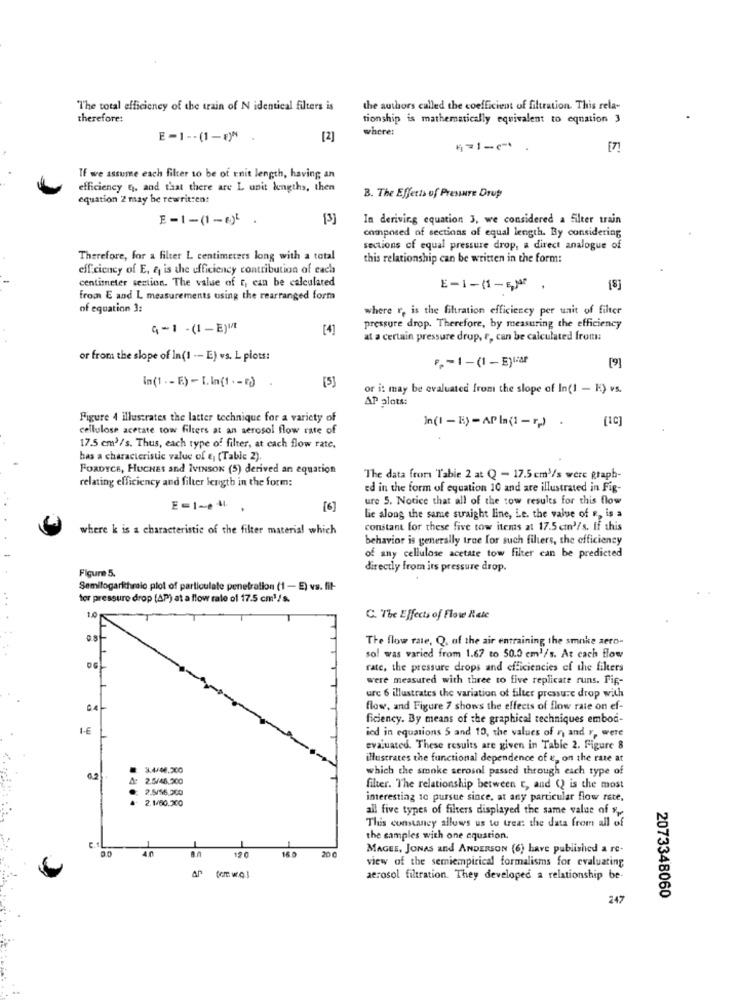
"The total efficiency of the train of N identical filters is
the authors called the coefficient of filtration. This rela-
therefore!
tionship is mathematically equivalent to equation 3
where:
E-1 -- (1-E)^
[2]
4=1-c .
If we assume each filter to be of Enit length, having an
efficiency 91, and that there are L unit lengths, then
equation 2 may be rewritten!
B. The Effects of PresINTE Drup
[3]
In deriving equation 3, we considered a filter train
composed of sections of equal length. By considering
sections of equal pressure drop, a direct analogue of
Therefore, for a filter L centimeters long with a total
this relationship can be written in the form:
efficiency of E, & is the efficiency contribution of each
centimeter section. The value of r, can be calculated
E-1-(1-5,)af
[8]
from E and L measurements using the rearranged form
of equation 3:
where r, is the filtration efficiency per unit of filter
4-1 -(1 -E)M
[4]
pressure drop. Therefore, by measuring the efficiency
at a certain pressure drop, f, can be calculated from:
or from the slope of In(1 -- E) vs. L plots:
F-1-(1 - E)Lar
[9]
In(1 . - E) - [.In(1 . - e).
[5]
or it may be evaluated from the slope of In(1 - K) vs.
AP alots:
Figure 4 illustrates the latter technique for a variety of
In(1 - E) - AP Ia(1-rp) .
[10]
cellulose acetate tow filters at an aerosol flow rate of
17.5 cm3/s. Thus, each type of filter, at cach flow rate,
has a characteristic value of ej (Table 2).
FORDYCE, HUCHES and IVINSON (5) derived an equation
relating efficiency and filter length in the form:
"The data from Table 2 at Q - 17.5 cm'/s were Rtaph-
ed in the form of equation 10 and are illustrated in Fig-
ure 5. Notice that all of the cow results for this flow
E=1-041
[6]
Le along the same straight line, Le. the value of R, is a
where k is a characteristic of the filter material which
constant for these five tow items at 17.5 cm'/s. If this
behavior is generally true for such filters, the efficiency
of any cellulose acetate tow filter can be predicted
directly from its pressure drop.
Figure 5.
Semilogarithmic plot of particulate penetration (1 - E) vs. fil-
ter pressure drop (AP) at a flow rale of 17.5 cm3/s.
1.0
C. The Effects of Flow Rate
The flow rate, Q, of the air entraining the smoke aero-
so! was varied from 1.67 to 50.0 cm'/s. At cach flow
rate, the pressure drops and efficiencies of the filters
were measured with three to five replicate runs. Fig-
ure 6 illustrates the variation of filter pressure drop with
04
flow, and Figure 7 shows the effects of flow rate on ef-
ficiency. By means of the graphical techniques embod-
1-€
ied in equations 5 and 10, the values of r) and y, were
evaluated. These results are given in Table 2. Figure 8
illustrates the functional dependence of &, on the rate at
3.4/06.200
which the smoke serosol passed through each type of
2.5/46.300
2.5/16.300
filter. The relationship between t, and () is the most
2.1/00.300
interesting to pursue since, at any particular flow rate,
all five types of filters displayed the same value of "y
This constancy allows us to treat the data from all of
c.IL
the samples with one equation.
40
12 0
16.0
MAGEE, JONAS and ANDERSON (6) have published a re-
view of the semiempirical formalisms for evaluating
aerosol filtration. They developed a relationship be-
247
2073348060